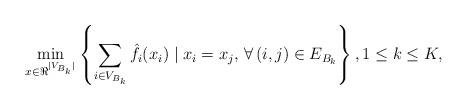
LaTeX: \begin{align*}\min_{x\in \Re^{|V_{B_k}|}} \left\{ \sum_{i\in V_{B_k}} \hat f_i(x_i) \mid x_i = x_j, \, \forall \, (i,j)\in E_{B_k} \right\}, 1 \le k \le K,\end{align*}